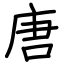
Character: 唐